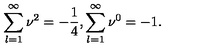
\sum _ { l = 1 } ^ { \infty } \nu ^ { 2 } = - \frac { 1 } { 4 } , \sum _ { l = 1 } ^ { \infty } \nu ^ { 0 } = - 1 .